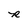
Character: R